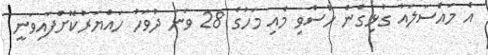
އެ މައްސަލައާ ގުޅިގެން ހުސްވި މެއި މަހުގެ 28 ވަނަ ދުވަހު ހައްޔަރުކޮށްފައިވަނީ